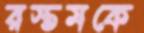
রস্তমকে